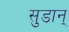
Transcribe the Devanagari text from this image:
सुडान्